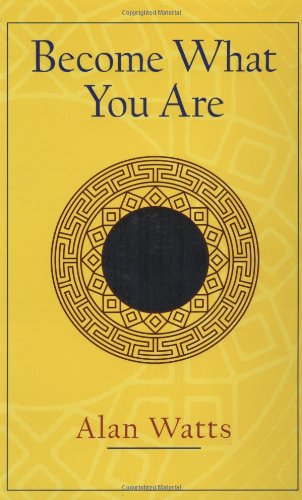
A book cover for Become What You Are; Alan W. Watts; Politics & Social Sciences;